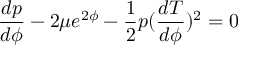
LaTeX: \frac { d p } { d \phi } - 2 \mu e ^ { 2 \phi } - \frac { 1 } { 2 } p ( \frac { d T } { d \phi } ) ^ { 2 } = 0